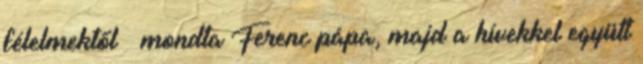
félelmektől – mondta Ferenc pápa, majd a hívekkel együtt